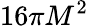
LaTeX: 16\pi M^{2}